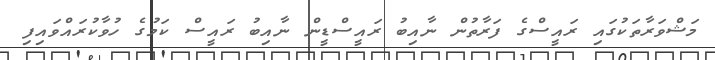
މަޝްވަރާތަކުގައި ރައީސްގެ ފަރާތުން ނާއިބު ރައީސްޑީން ނާއިބު ރައީސް ކަމުގެ ހުވާކުރައްވައިފި